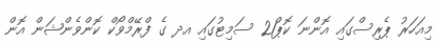
މިއަހަރު ޕެރިސްގައި އޮންނަ ކޮޕް21 ސަމިޓުގައި އދ ގެ ފްރޭމްވޯކް ކޮންވެންޝަން އޮން